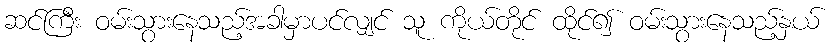
ဆင်ကြီး ဝမ်းသွားနေသည့်အခါမှာပင်လျှင် သူ ကိုယ်တိုင် ထိုင်၍ ဝမ်းသွားနေသည့်နှယ်